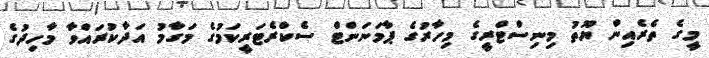
މީގެ ތެރެއިން ޔޫތު މިނިސްޓްރީގެ މިހާރުގެ ޕާމަނަންޓް ސެކްރެޓަރީކަމުގެ މަގާމު އަދާކުރައްވާ މާހިދުގެ